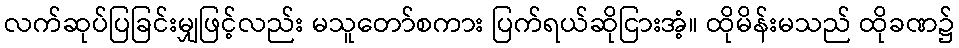
လက်ဆုပ်ပြခြင်းမျှဖြင့်လည်း မသူတော်စကား ပြက်ရယ်ဆိုငြားအံ့။ ထိုမိန်းမသည် ထိုခဏ၌